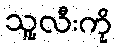
သူ့လီးကို